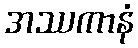
အဿကာနံ